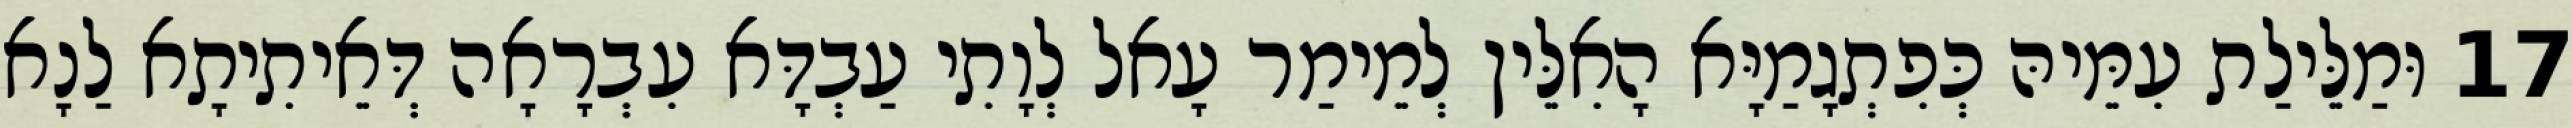
17 וּמַלֵּילַת עִמֵּיהּ כְּפִתְגָמַיָּא הָאִלֵּין לְמֵימַר עָאל לְוָתִי עַבְדָּא עִבְרָאָה דְּאֵיתִיתָא לַנָא